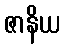
ဇာနိယ